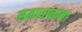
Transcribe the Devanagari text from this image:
समाधानाला